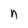
Character: n